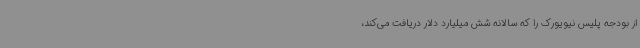
از بودجه پلیس نیویورک را که سالانه شش میلیارد دلار دریافت می‌کند،